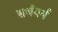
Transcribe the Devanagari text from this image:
सर्ववर्ण